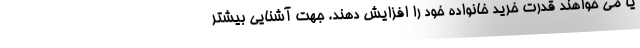
یا می خواهند قدرت خرید خانواده خود را افزایش دهند. جهت آشنایی بیشتر